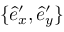
\{ \hat { e } _ { x } ^ { \prime } , \hat { e } _ { y } ^ { \prime } \}